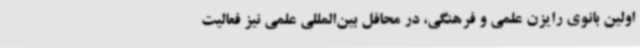
اولین بانوی رایزن علمی و فرهنگی، در محافل بین‌المللی علمی‌ نیز فعالیت